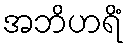
အဘိဟရိံ